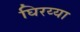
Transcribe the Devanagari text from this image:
घिरय्या